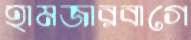
হামজারবাগে